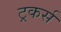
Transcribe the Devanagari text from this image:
ट्रकर्स